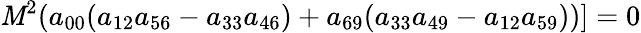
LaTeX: \mathit{M}^{2}(a_{00}(a_{12}a_{56}-a_{33}a_{46})+a_{69}(a_{33}a_{49}-a_{12}a_{59}))]=0